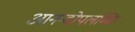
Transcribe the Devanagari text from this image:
आनन्दोपलब्धि।